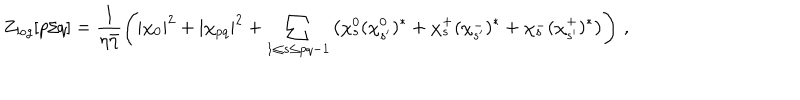
LaTeX: Z _ { { \it l o g } } [ p / q ] = \frac { 1 } { \eta \bar { \eta } } \left( | \chi _ { 0 } | ^ { 2 } + | \chi _ { p q } | ^ { 2 } + \sum _ { 1 \leq s \leq p q - 1 } \left( \chi _ { s } ^ { 0 } ( \chi _ { s ^ { \prime } } ^ { 0 } ) ^ { * } + \chi _ { s } ^ { + } ( \chi _ { s ^ { \prime } } ^ { - } ) ^ { * } + \chi _ { s } ^ { - } ( \chi _ { s ^ { \prime } } ^ { + } ) ^ { * } \right) \right) \, ,